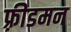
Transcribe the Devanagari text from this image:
फ़्रीडमन